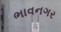
ભાવનગર